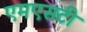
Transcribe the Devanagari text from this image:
एमएसटी